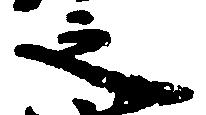
之